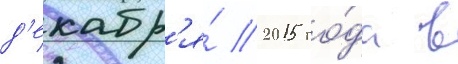
д'екабр'я́ 2015 го́да в